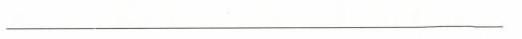
___